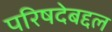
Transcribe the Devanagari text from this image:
परिषदेबद्दल